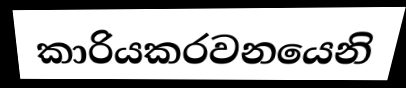
කාරියකරවනයෙනි